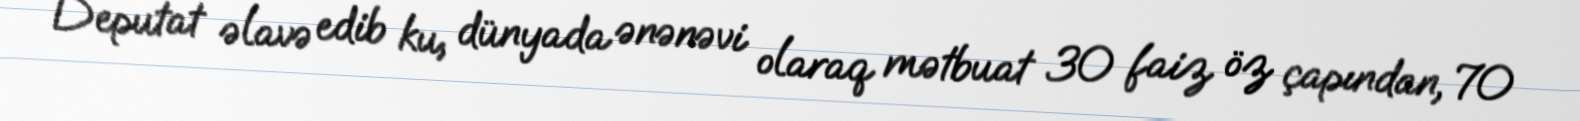
Deputat əlavə edib ku, dünyada ənənəvi olaraq mətbuat 30 faiz öz çapından, 70